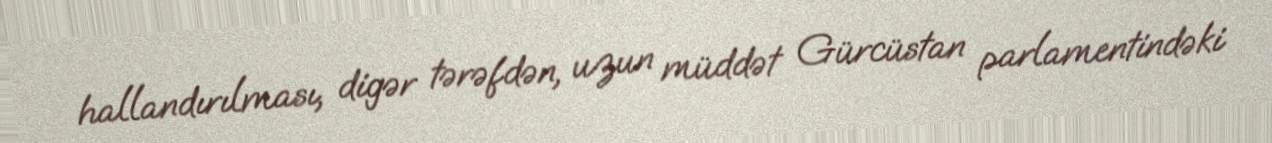
hallandırılması, digər tərəfdən, uzun müddət Gürcüstan parlamentindəki